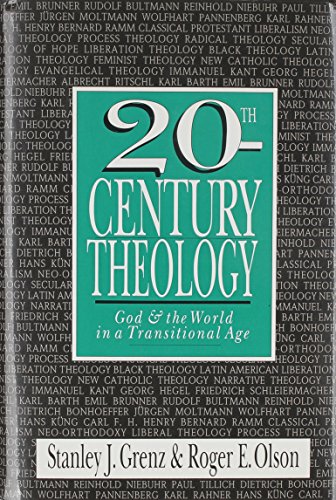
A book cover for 20th Century Theology: God & the World in a Transitional Age; Stanley J. Grenz; Christian Books & Bibles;